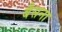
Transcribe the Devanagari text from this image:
बैसना